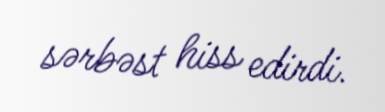
sərbəst hiss edirdi.